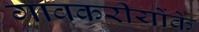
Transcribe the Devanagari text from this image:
गावकरीयोंके